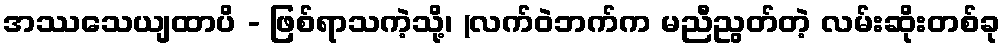
အဿသေယျထာပိ - ဖြစ်ရာသကဲ့သို့၊ (လက်ဝဲဘက်က မညီညွတ်တဲ့ လမ်းဆိုးတစ်ခု